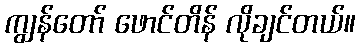
ကျွန်တော် ဖောင်တိန် လိုချင်တယ်။